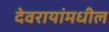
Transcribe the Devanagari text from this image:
देवरायांमधील